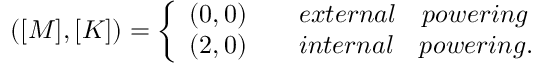
( \boldsymbol { [ M ] } , \boldsymbol { [ K ] } ) = \left\{ \begin{array} { r c l } { ( 0 , 0 ) } & { } & { { e x t e r n a l \quad p o w e r i n g } } \\ { ( 2 , 0 ) } & { } & { { i n t e r n a l \quad p o w e r i n g } . } \end{array} \right.